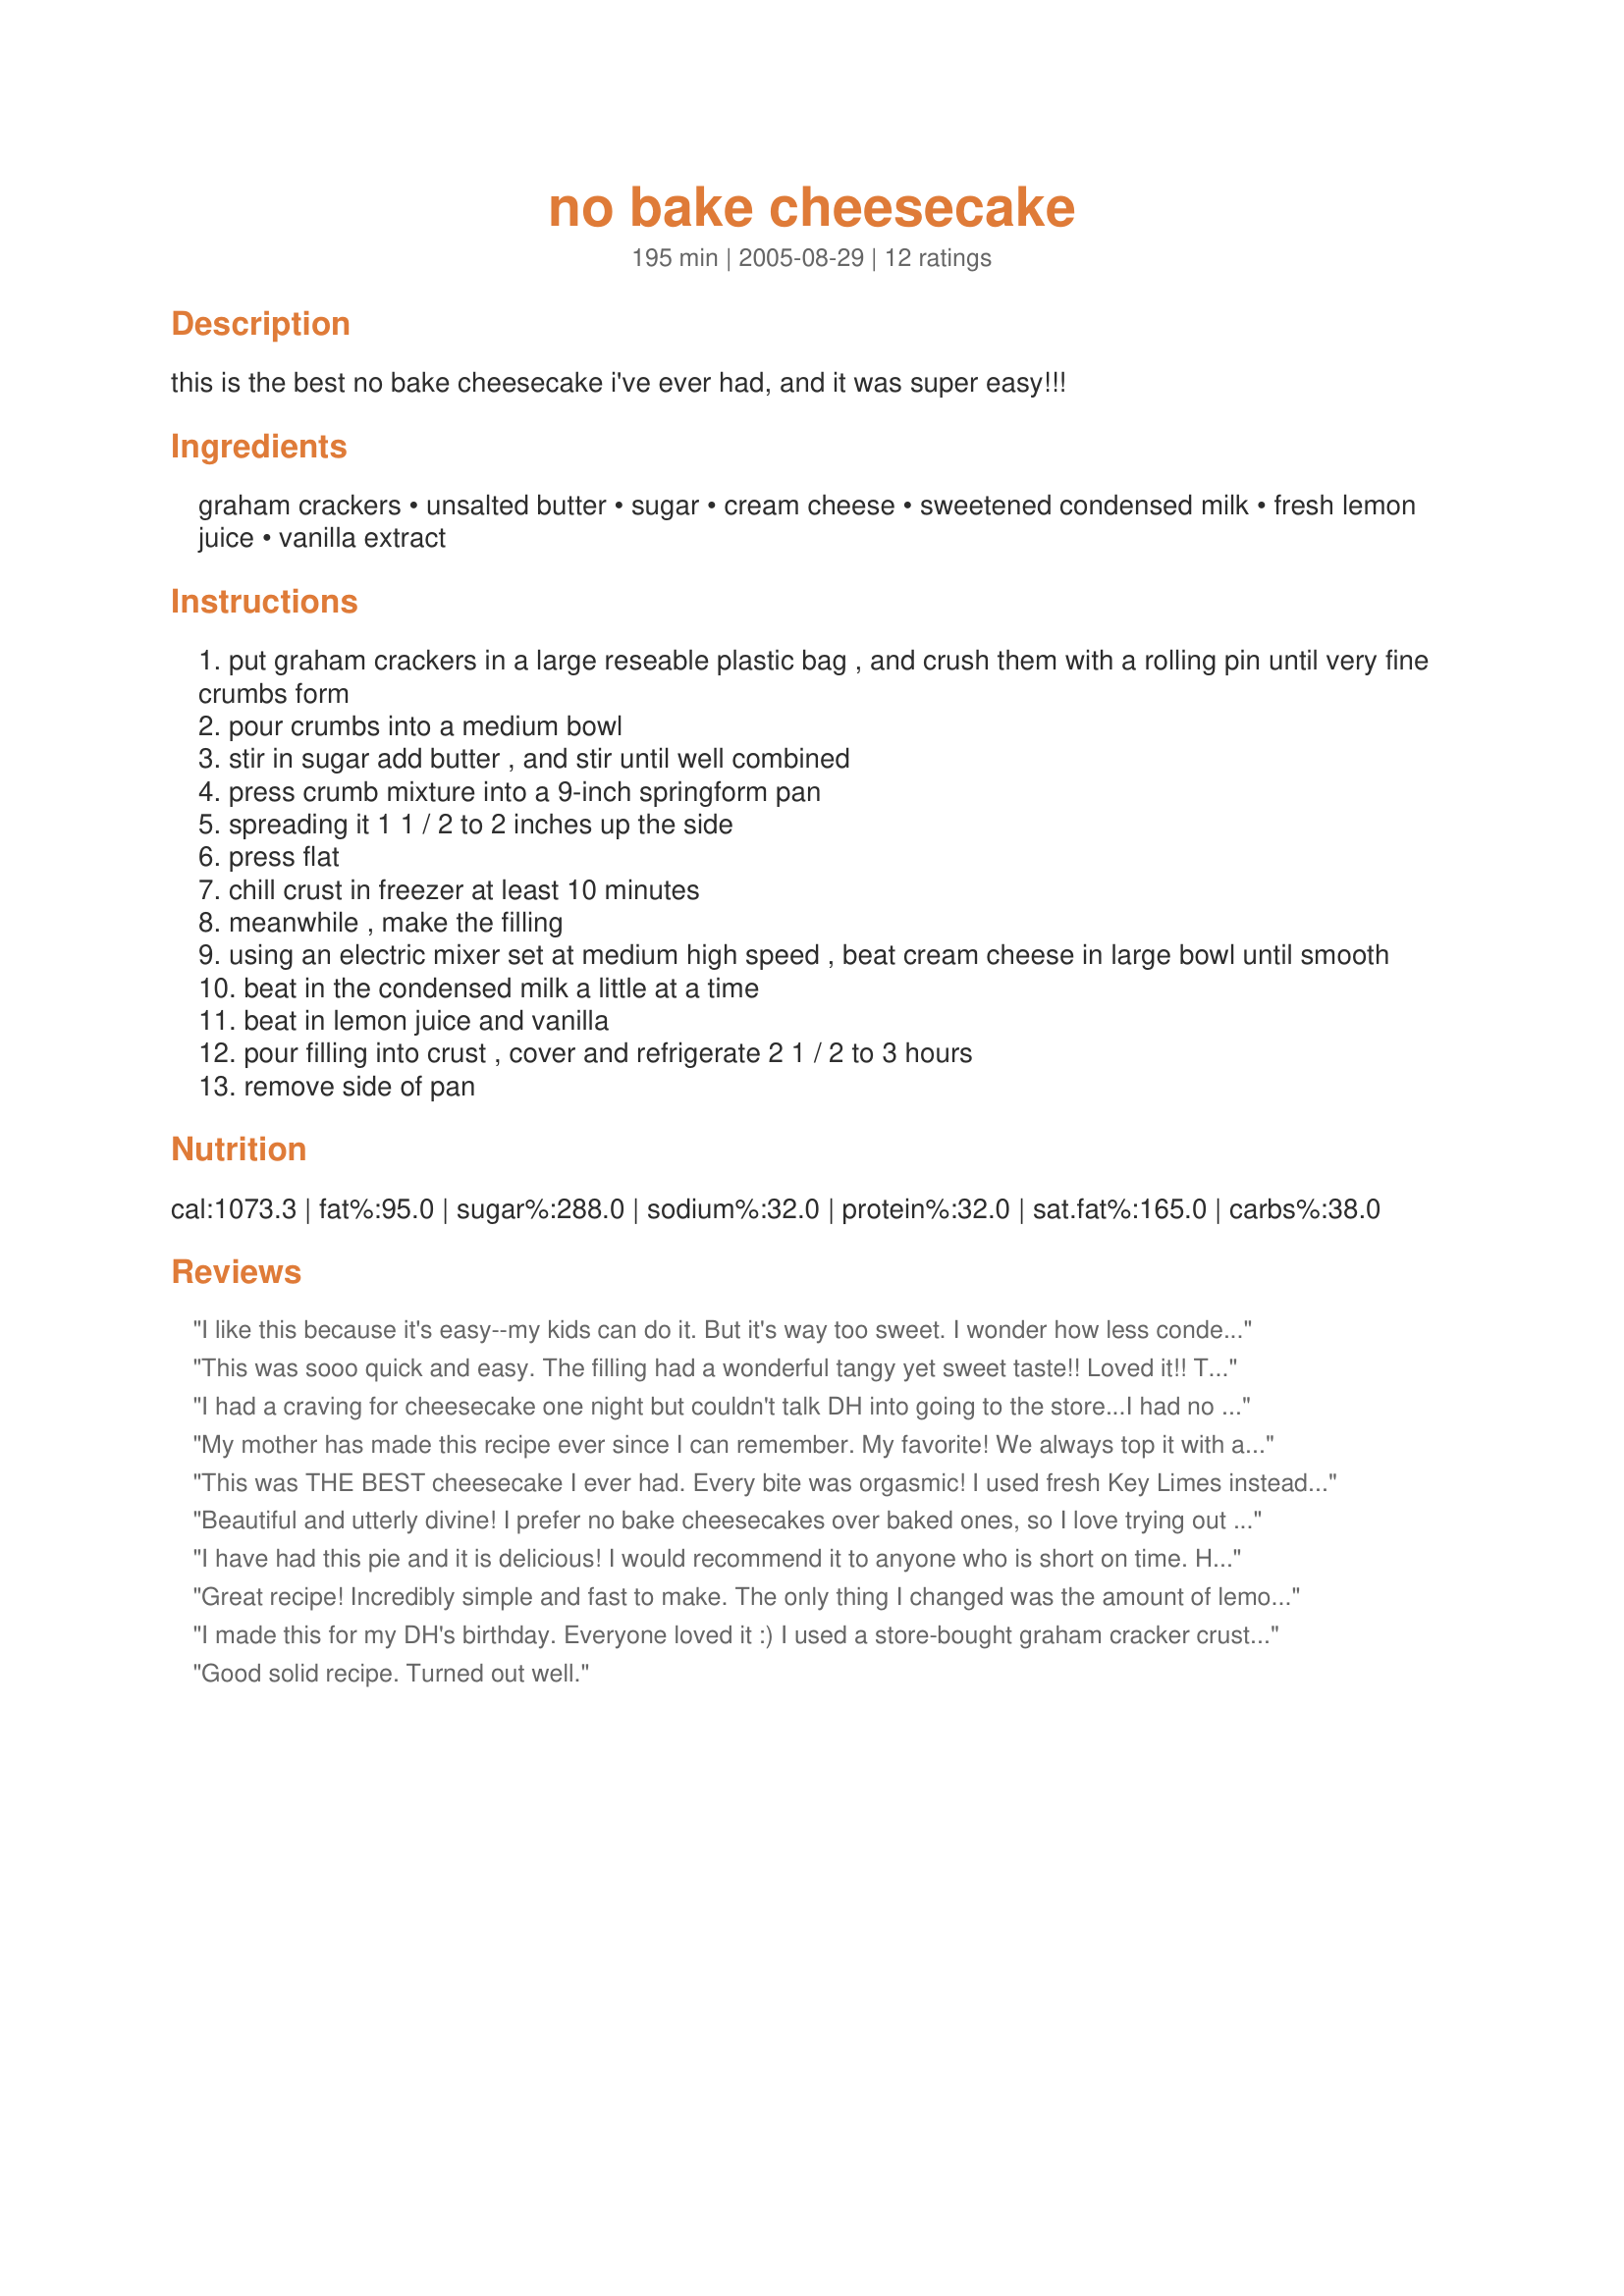
no bake cheesecake
Preparation time: 195 minutes

this is the best no bake cheesecake i've ever had, and it was super easy!!!

Ingredients:
graham crackers, unsalted butter, sugar, cream cheese, sweetened condensed milk, fresh lemon juice, vanilla extract

Steps:
put graham crackers in a large reseable plastic bag , and crush them with a rolling pin until very fine crumbs form
pour crumbs into a medium bowl
stir in sugar add butter , and stir until well combined
press crumb mixture into a 9-inch springform pan
spreading it 1 1 / 2 to 2 inches up the side
press flat
chill crust in freezer at least 10 minutes
meanwhile , make the filling
using an electric mixer set at medium high speed , beat cream cheese in large bowl until smooth
beat in the condensed milk a little at a time
beat in lemon juice and vanilla
pour filling into crust , cover and refrigerate 2 1 / 2 to 3 hours
remove side of pan

Reviews:
I like this because it's easy--my kids can do it. But it's way too sweet. I wonder how less condensed milk would affect the recipe.
This was sooo quick and easy. The filling had a wonderful tangy yet sweet taste!! Loved it!! Thanks...
I had a craving for cheesecake one night but couldn't talk DH into going to the store...I had no gram crackers but thats not the part I was craving :-)...it was a great filling and I have made it a few times since. I've even made it in single serving amounts. One day maybe I'll actually make the whole cake...but why bother? Great recipe, thanks so much for posting.
My mother has made this recipe ever since I can remember. My favorite! We always top it with a can of cherry pie filling and cut back on the lemon juice by about half!
This was THE BEST cheesecake I ever had. Every bite was orgasmic!
I used fresh Key Limes instead of Lemons.
Beautiful and utterly divine! I prefer no bake cheesecakes over baked ones, so I love trying out new recipes. Great crisp base and that cheesecake is just so delicious! Velvety smooth, and love the fact it uses condensed milk instead of sugar! Think this may be my new go-to cheesecake recipe!
I have had this pie and it is delicious! I would recommend it to anyone who is short on time. Heck, I would recommend it to anyone.
Great recipe! Incredibly simple and fast to make. The only thing I changed was the amount of lemon juice. Instead of using 1/4 cup lemon juice I used about 1 1/2 tablespoon. (I also used a store bought graham cracker crust instead of making my own).
I made this for my DH's birthday. Everyone loved it :) I used a store-bought graham cracker crust instead of doing my own, but other than that, followed instructions as stated. It was very good, but almost too sweet for our taste. Super easy recipe, though, and would make again.
Good solid recipe. Turned out well.
A Big fail. Never set, even after 6 hours. Followed the entire dumb recipe. Had to run out so my dad had a cake for his 63rd birthday.
This is an easy no bake cheesecake. It is better cold with pie filling or fruit to cut the sweetness. I will use less lemon next time, maybe 3/16 instead of 1/4 cup. The kids loved it using individual pre-made graham cracker crusts.
